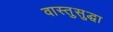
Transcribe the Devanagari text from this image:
वास्तुसुद्धा